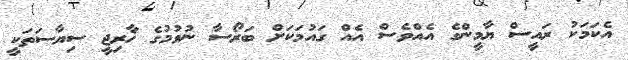
އެކަމަކު ރައީސް ޔާމީންގެ އެއްވެސް އެއް ގައުމަކަށް ބަރޯސާ ނުވުމުގެ ޚާރިޖީ ސިޔާސަތަކީ